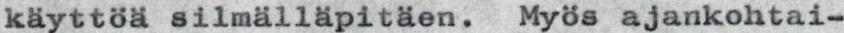
käyttöä silmälläpitäen. Myös ajankohtai-